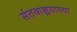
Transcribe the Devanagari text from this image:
संतवाङ्मयाच्या